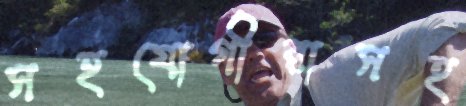
সহযোগীরাসহ